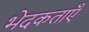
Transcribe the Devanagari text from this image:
भेदकताएँ